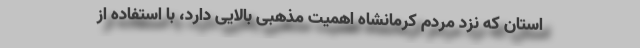
استان که نزد مردم کرمانشاه اهمیت مذهبی بالایی دارد، با استفاده از